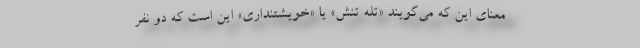
معنای این که می‌گویند «تله تنش» یا «خویشتنداری» این است که دو نفر